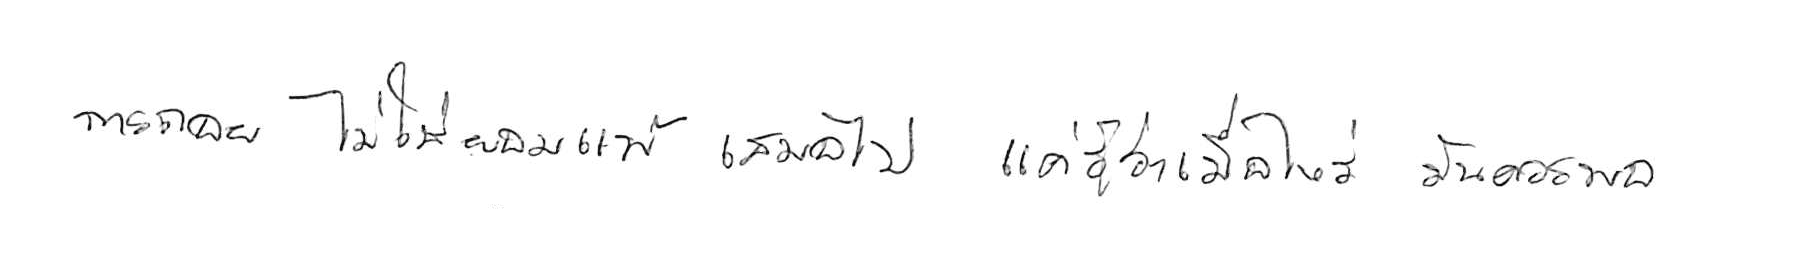
การถอย ไม่ใช่ยอมแพ้ เสมอไป แค่รู้ว่าเมื่อไหร่ มันควรพอ